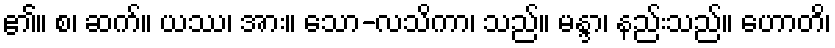
၏။ စ၊ ဆက်။ ယဿ၊ အား။ သော-လသိကာ၊ သည်။ မန္ဒာ၊ နည်းသည်။ ဟောတိ၊